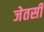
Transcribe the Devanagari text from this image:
जेतसी